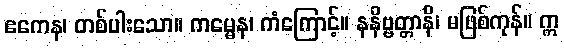
ဧကေန၊ တစ်ပါးသော။ ကမ္မေန၊ ကံကြောင့်။ နနိဗ္ဗတ္တာနိ၊ မဖြစ်ကုန်။ ဣ